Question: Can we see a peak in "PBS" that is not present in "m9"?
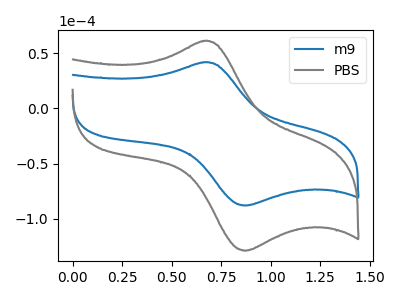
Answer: <think>The blue curve "m9" has an anodic peak at (0.65V, 41.60uA) and a cathodic peak at (0.85V, -88.10uA). The gray curve "PBS" has an anodic peak at (0.65V, 60.90uA) and a cathodic peak at (0.85V, -128.95uA).
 All the peaks in "PBS" have a peak in "m9" at the same potential. Every peak in "PBS" is higher than every peak in "m9".</think>
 <answer>No, "PBS" and "m9" don't appear to be significantly different in shape</answer>
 <eval>no_change</eval>